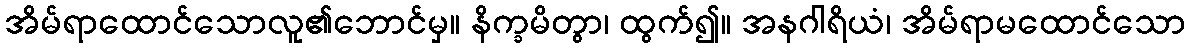
အိမ်ရာထောင်သောလူ၏ဘောင်မှ။ နိက္ခမိတွာ၊ ထွက်၍။ အနဂါရိယံ၊ အိမ်ရာမထောင်သော